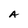
Character: A